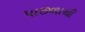
પાછળાથી